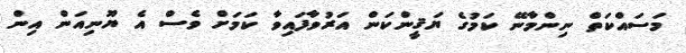
މަސައްކަތް ނިންމާނޭ ކަމުގެ ޔަޤީންކަން އަރުވާފައިވާ ކަމަށް ވެސް އެ ޔޫނިއަން އިން